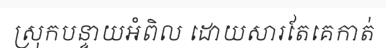
ស្រុកបន្ទាយអំពិល ដោយសារតែគេកាត់